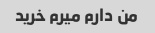
من دارم میرم خرید